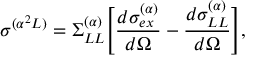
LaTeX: \sigma ^ { ( \alpha ^ { 2 } L ) } = \Sigma _ { L L } ^ { ( \alpha ) } \Bigg [ { \frac { d \sigma _ { e x } ^ { ( \alpha ) } } { d \Omega } } - { \frac { d \sigma _ { L L } ^ { ( \alpha ) } } { d \Omega } } \Bigg ] ,